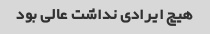
هیچ ایرادی نداشت عالی بود